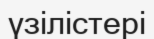
үзілістері